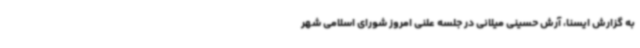
به گزارش ایسنا، آرش حسینی میلانی در جلسه علنی امروز شورای اسلامی شهر